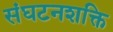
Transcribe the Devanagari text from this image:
संघटनशक्ति